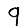
Digit: 9